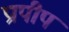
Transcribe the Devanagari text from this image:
प्रापीप